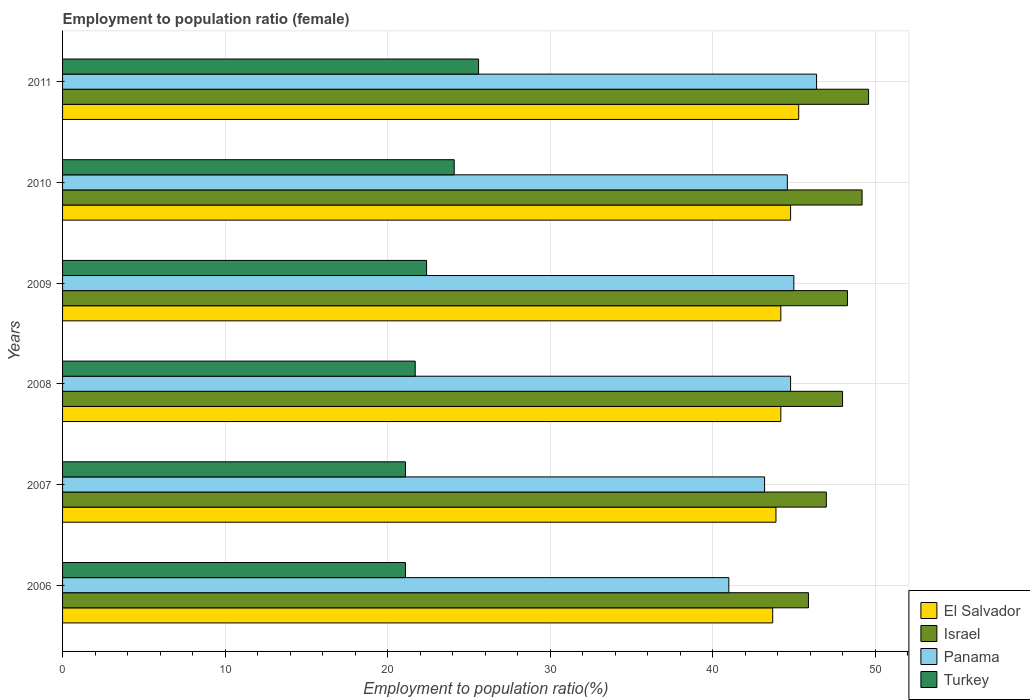
| Years | El Salvador | Israel | Panama | Turkey |
 | --- | --- | --- | --- | --- |
 | 2006 | 43.7 | 45.9 | 41 | 21.1 |
 | 2007 | 43.9 | 47 | 43.2 | 21.1 |
 | 2008 | 44.2 | 48 | 44.8 | 21.7 |
 | 2009 | 44.2 | 48.3 | 45 | 22.4 |
 | 2010 | 44.8 | 49.2 | 44.6 | 24.1 |
 | 2011 | 45.3 | 49.6 | 46.4 | 25.6 |